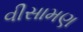
વીસામણ